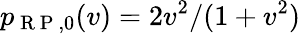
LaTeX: p_{\mathrm{~R~P~},0}(v)=2v^{2}/(1+v^{2})